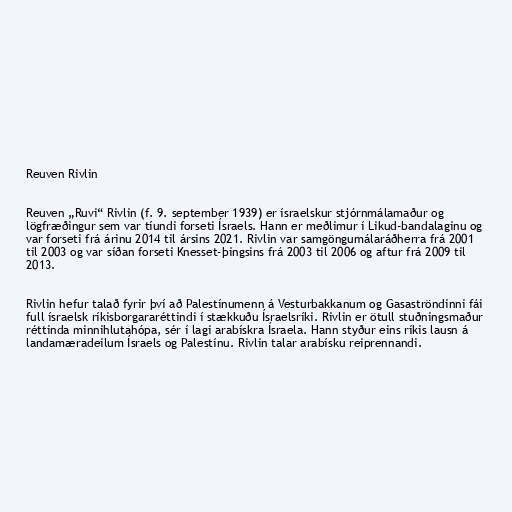
Reuven Rivlin

Reuven „Ruvi“ Rivlin (f. 9. september 1939) er ísraelskur stjórnmálamaður og
lögfræðingur sem var tíundi forseti Ísraels. Hann er meðlimur í Likud-bandalaginu og
var forseti frá árinu 2014 til ársins 2021. Rivlin var samgöngumálaráðherra frá 2001
til 2003 og var síðan forseti Knesset-þingsins frá 2003 til 2006 og aftur frá 2009 til
2013.

Rivlin hefur talað fyrir því að Palestínumenn á Vesturbakkanum og Gasaströndinni fái
full ísraelsk ríkisborgararéttindi í stækkuðu Ísraelsríki. Rivlin er ötull stuðningsmaður
réttinda minnihlutahópa, sér í lagi arabískra Ísraela. Hann styður eins ríkis lausn á
landamæradeilum Ísraels og Palestínu. Rivlin talar arabísku reiprennandi.